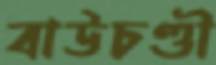
বাউচণ্ডী